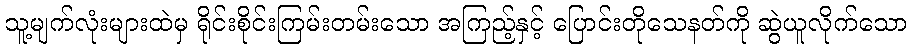
သူ့မျက်လုံးများထဲမှ ရိုင်းစိုင်းကြမ်းတမ်းသော အကြည့်နှင့် ပြောင်းတိုသေနတ်ကို ဆွဲယူလိုက်သော